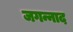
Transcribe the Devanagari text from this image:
जगन्नाद